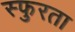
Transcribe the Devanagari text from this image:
स्फुरता